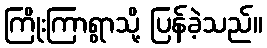
ကြိုးကြာရွာသို့ ပြန်ခဲ့သည်။